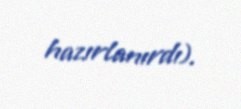
hazırlanırdı).